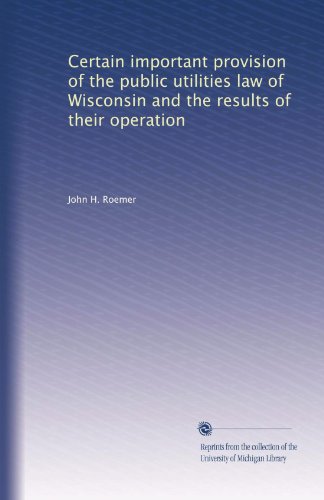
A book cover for Certain important provision of the public utilities law of Wisconsin and the results of their operation; John H. Roemer; Law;